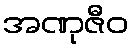
အဏုဇီဝ